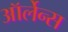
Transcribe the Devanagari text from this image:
ऑर्लेन्स